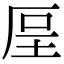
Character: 𠩥